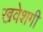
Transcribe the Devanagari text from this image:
खवेशगी